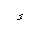
Letter: _qaf